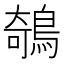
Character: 鵸